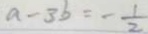
a - 3 b = - \frac { 1 } { 2 }